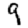
Digit: 9